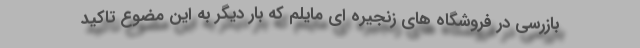
بازرسی در فروشگاه های زنجیره ای مایلم که بار دیگر به این مضوع تاکید